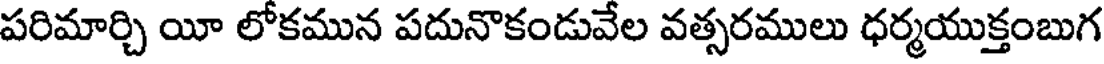
పరిమార్చి యీ లోకమున పదునొకండువేల వత్సరములు ధర్మయుక్తంబుగ